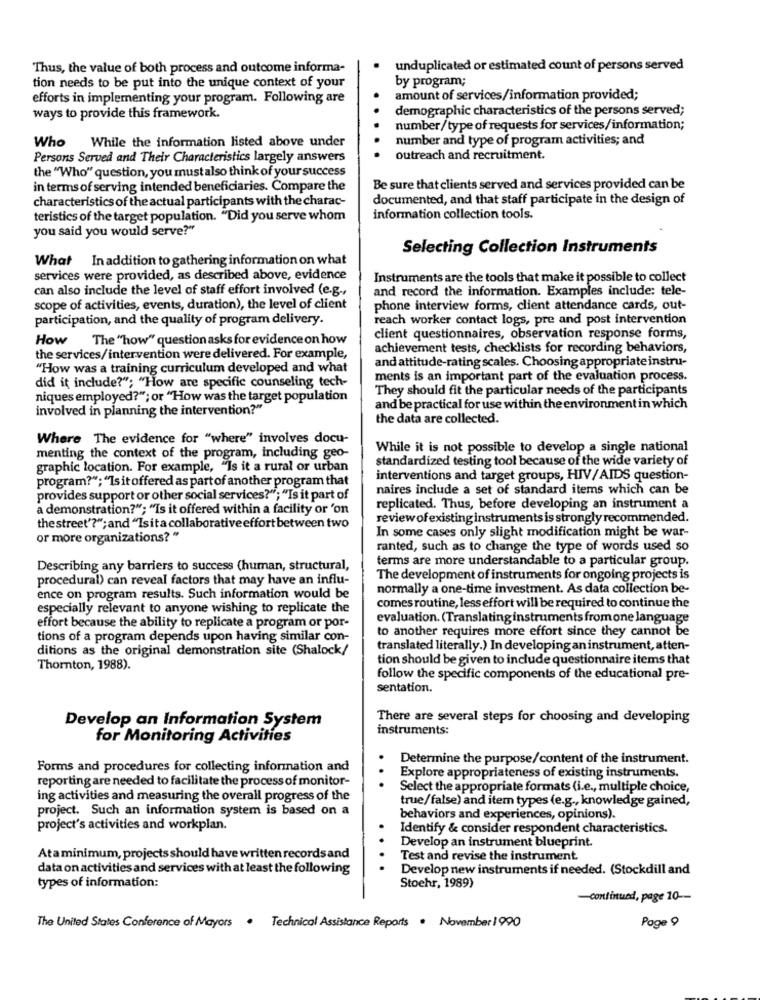
Thus, the value of both process and outcome informa-
unduplicated or estimated count of persons served
tion needs to be put into the unique context of your
by program;
efforts in implementing your program. Following are
amount of services/information provided;
demographic characteristics of the persons served;
ways to provide this framework.
number/type of requests for services/information;
Who While the information listed above under
number and type of program activities; and
Persons Served and Their Characteristics largely answers
outreach and recruitment.
the "Who" question, you must also think of your success
in terms of serving intended beneficiaries. Compare the
Be sure that clients served and services provided can be
characteristics of the actual participants with the charac-
documented, and that staff participate in the design of
teristics of the target population. "Did you serve whom
information collection tools.
you said you would serve?"
Selecting Collection Instruments
What In addition to gathering information on what
services were provided, as described above, evidence
Instruments are the tools that make it possible to collect
can also include the level of staff effort involved (e.g .,
and record the information. Examples include: tele-
scope of activities, events, duration), the level of client
phone interview forms, client attendance cards, out-
participation, and the quality of program delivery.
reach worker contact logs, pre and post intervention
How The "how" question asks for evidence on how
client questionnaires, observation response forms,
achievement tests, checklists for recording behaviors,
the services/intervention were delivered. For example,
and attitude-rating scales. Choosing appropriate instru-
"How was a training curriculum developed and what
did it include?"; "How are specific counseling tech-
ments is an important part of the evaluation process.
They should fit the particular needs of the participants
niques employed?"; or "How was the target population
involved in planning the intervention?"
and be practical for use within the environment in which
the data are collected.
Where The evidence for "where" involves docu-
While it is not possible to develop a single national
menting the context of the program, including geo-
standardized testing tool because of the wide variety of
graphic location. For example, "Is it a rural or urban
program?"; "Isitoffered as part of another program that
interventions and target groups, HIV/AIDS question-
naires include a set of standard items which can be
provides support or other social services?"; "Is it part of
a demonstration?"; "Is it offered within a facility or 'on
replicated. Thus, before developing an instrument a
review ofexisting instruments is strongly recommended.
the street'?"; and "Isit a collaborative effort between two
In some cases only slight modification might be war-
or more organizations? "
ranted, such as to change the type of words used so
terms are more understandable to a particular group.
Describing any barriers to success (human, structural,
procedural) can reveal factors that may have an influ-
The development of instruments for ongoing projects is
normally a one-time investment. As data collection be-
ence on program results. Such information would be
especially relevant to anyone wishing to replicate the
comes routine, less effort will be required to continue the
evaluation. (Translating instruments from one language
effort because the ability to replicate a program or por-
to another requires more effort since they cannot be
tions of a program depends upon having similar con-
ditions as the original demonstration site (Shalock/
translated literally.) In developing an instrument, atten-
tion should be given to include questionnaire items that
Thornton, 1988).
follow the specific components of the educational pre-
sentation.
Develop an Information System
There are several steps for choosing and developing
instruments:
for Monitoring Activities
Determine the purpose/content of the instrument.
Forms and procedures for collecting information and
reporting are needed to facilitate the process of monitor-
..
Explore appropriateness of existing instruments.
Select the appropriate formats (i.e ., multiple choice,
ing activities and measuring the overall progress of the
true/false) and item types (e.g ., knowledge gained,
project. Such an information system is based on a
behaviors and experiences, opinions).
project's activities and workplan.
Identify & consider respondent characteristics.
Develop an instrument blueprint.
Ataminimum, projects should have written records and
Test and revise the instrument.
data on activities and services with at least the following
Develop new instruments if needed. (Stockdill and
Stoehr, 1989)
types of information:
-continued, page 10 --
Page 9
The United States Conference of Mayors . Technical Assistance Reports . November1990